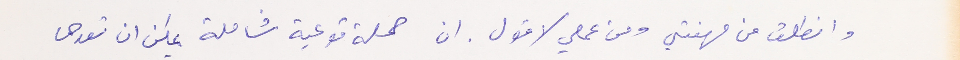
وانطلق من مهنتي ومن عملي لاقول. ان حملة توعية شاملة يمكن ان تعدها